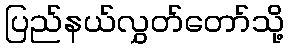
ပြည်နယ်လွှတ်တော်သို့